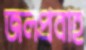
জলপ্রবাহ